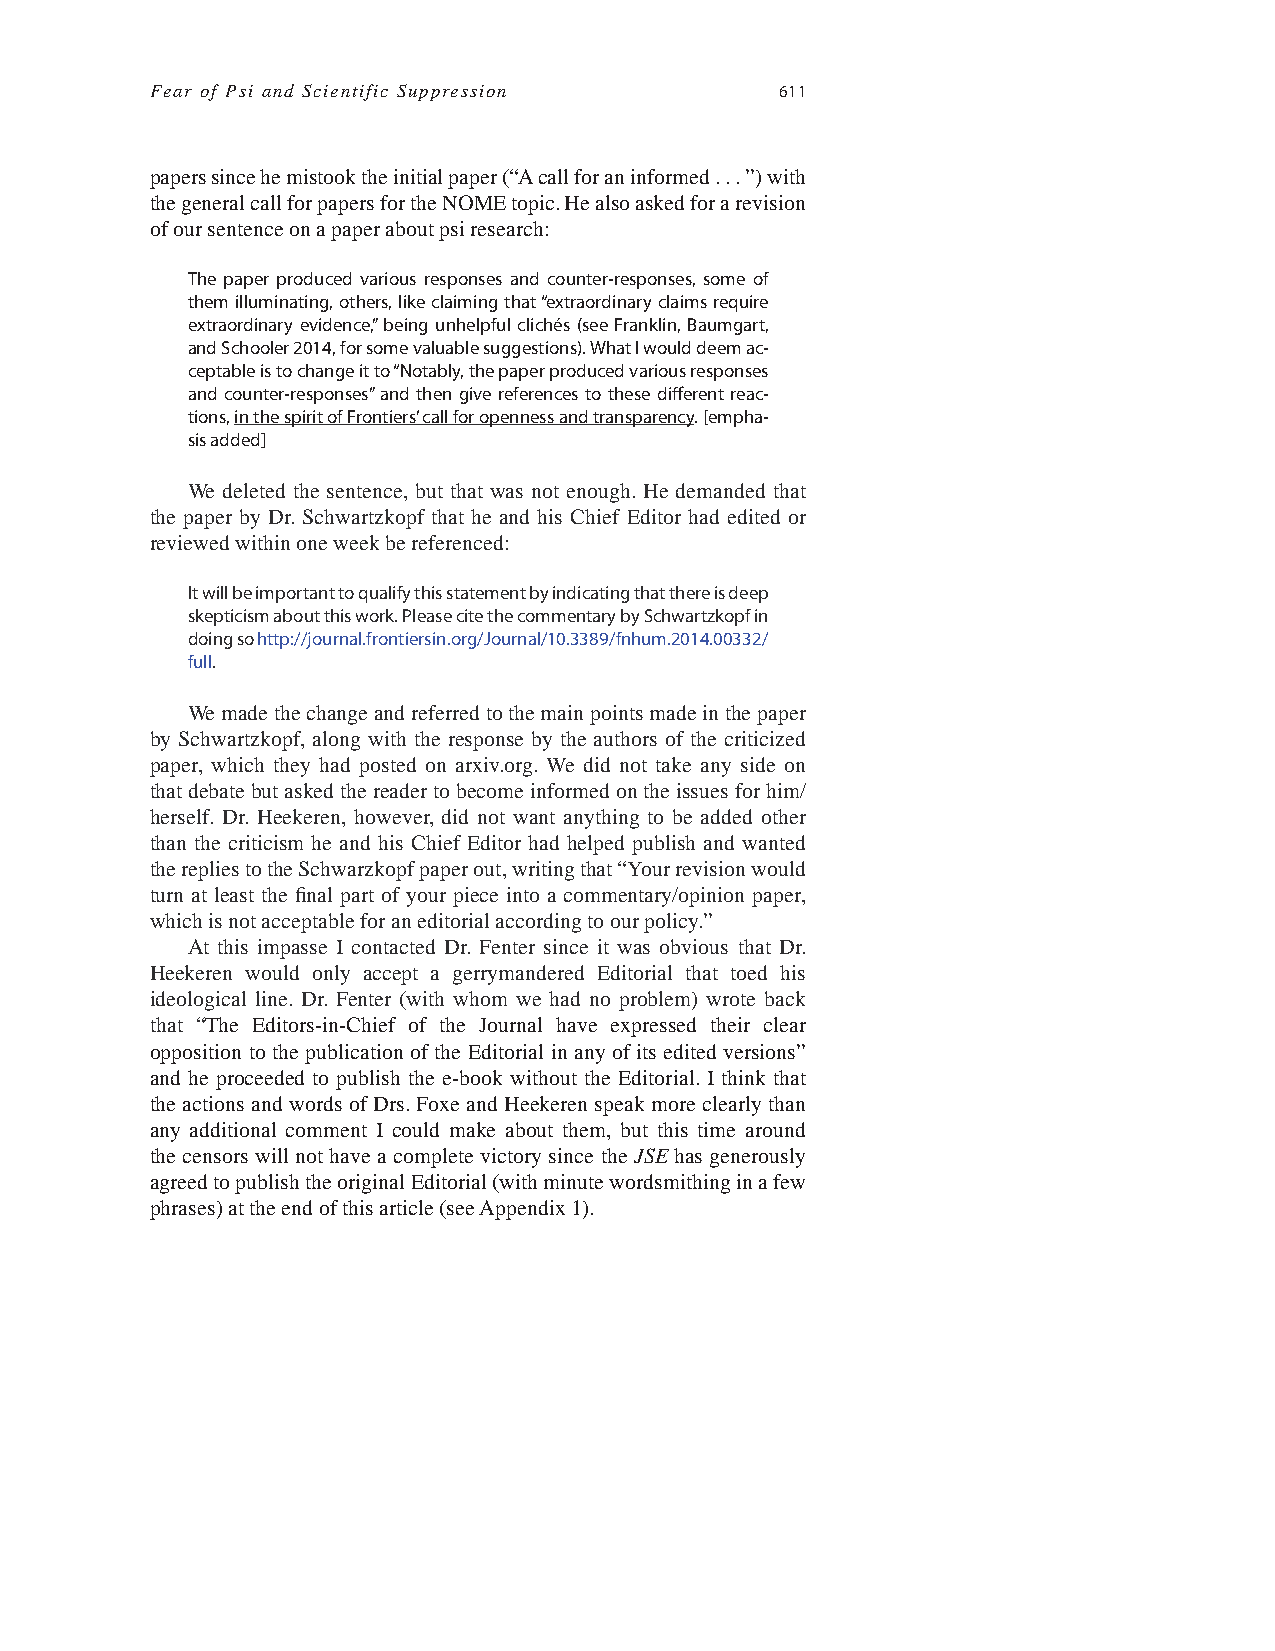
Fear of Psi and Scientific Suppression    611
 papers since he mistook the initial paper (“A call for an informed . . . ”) with
 the general call for papers for the NOME topic. He also asked for a revision
 of our sentence on a paper about psi research:
 The paper produced various responses and counter-responses, some of
 them illuminating, others, like claiming that “extraordinary claims require
 extraordinary evidence,” being unhelpful clichés (see Franklin, Baumgart,
 and Schooler 2014, for some valuable suggestions). What I would deem ac-
 ceptable is to change it to “Notably, the paper produced various responses
 and counter-responses” and then give references to these diff erent reac-
 tions, in the spirit of Frontiers’ call for openness and transparency. [empha-
 sis added]
 We deleted the sentence, but that was not enough. He demanded that
 the paper by Dr. Schwartzkopf that he and his Chief Editor had edited or
 reviewed within one week be referenced:
 It will be important to qualify this statement by indicating that there is deep
 skepticism about this work. Please cite the commentary by Schwartzkopf in
 doing so http://journal.frontiersin.org/Journal/10.3389/fnhum.2014.00332/
 full.
 We made the change and referred to the main points made in the paper
 by Schwartzkopf, along with the response by the authors of the criticized
 paper, which they had posted on arxiv.org. We did not take any side on
 that debate but asked the reader to become informed on the issues for him/
 herself. Dr. Heekeren, however, did not want anything to be added other
 than the criticism he and his Chief Editor had helped publish and wanted
 the replies to the Schwarzkopf paper out, writing that “Your revision would
 turn at least the fi nal part of your piece into a commentary/opinion paper,
 which is not acceptable for an editorial according to our policy.”
 At this impasse I contacted Dr. Fenter since it was obvious that Dr.
 Heekeren would only accept a gerrymandered Editorial that toed his
 ideological line. Dr. Fenter (with whom we had no problem) wrote back
 that “The Editors-in-Chief of the Journal have expressed their clear
 opposition to the publication of the Editorial in any of its edited versions”
 and he proceeded to publish the e-book without the Editorial. I think that
 the actions and words of Drs. Foxe and Heekeren speak more clearly than
 any additional comment I could make about them, but this time around
 the censors will not have a complete victory since the JSE has generously
 agreed to publish the original Editorial (with minute wordsmithing in a few
 phrases) at the end of this article (see Appendix 1).